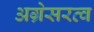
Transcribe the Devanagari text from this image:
अग्रेसरत्व